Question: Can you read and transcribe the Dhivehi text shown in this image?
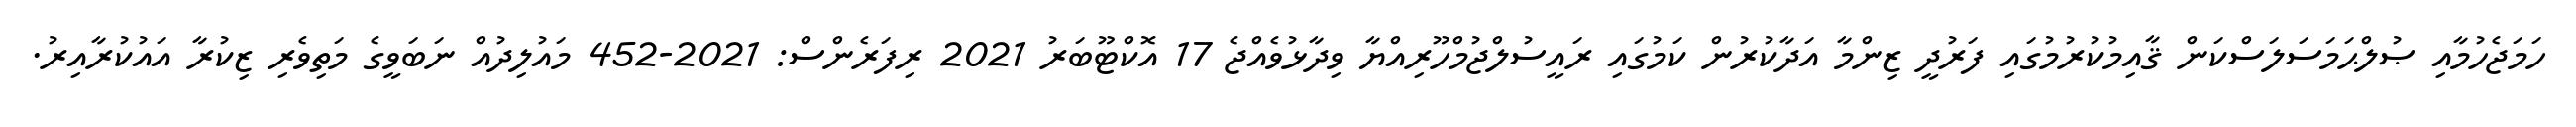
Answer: ހަމަޖެހުމާއި ޞުލްޙަމަސަލަސްކަން ޤާއިމުކުރުމުގައި ފަރުދީ ޒިންމާ އަދާކުރުން ކަމުގައި ރައީސުލްޖުމްހޫރިއްޔާ ވިދާޅުވެއްޖެ 17 އޮކްޓޫބަރު 2021 ރިފަރެންސް: 2021-452 މައުލިދުއް ނަބަވީގެ މަތިވެރި ޒިކުރާ އައުކުރާއިރު.